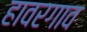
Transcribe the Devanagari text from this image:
हावरगाव